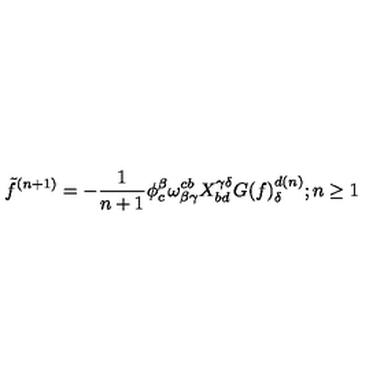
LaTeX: \tilde { f } ^ { ( n + 1 ) } = - { \frac { 1 } { n + 1 } } \phi _ { c } ^ { \beta } \omega _ { \beta \gamma } ^ { c b } X _ { b d } ^ { \gamma \delta } G ( f ) _ { \delta } ^ { d ( n ) } ; n \ge 1